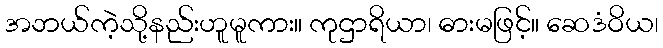
အဘယ်ကဲ့သို့နည်းဟူမူကား။ ကုဌာရိယာ၊ ဓားမဖြင့်။ ဆေဒံဝိယ၊